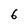
Character: 6